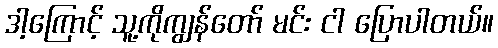
ဒါ့ကြောင့် သူ့ကိုကျွန်တော် မင်း ငါ ပြောပါတယ်။